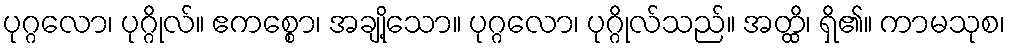
ပုဂ္ဂလော၊ ပုဂ္ဂိုလ်။ ဧကစ္စော၊ အချို့သော။ ပုဂ္ဂလော၊ ပုဂ္ဂိုလ်သည်။ အတ္ထိ၊ ရှိ၏။ ကာမသုစ၊